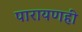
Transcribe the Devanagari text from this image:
पारायणही